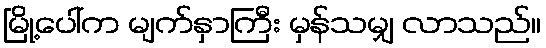
မြို့ပေါ်က မျက်နှာကြီး မှန်သမျှ လာသည်။